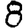
Digit: 8